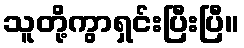
သူတို့ကွာရှင်းပြီးပြီ။